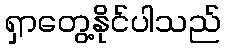
ရှာတွေ့နိုင်ပါသည်